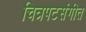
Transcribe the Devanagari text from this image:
चित्रपटसंगीत